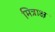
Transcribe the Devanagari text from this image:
मित्राक्ष